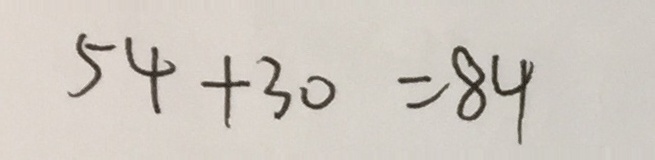
5 4 + 3 0 = 8 4